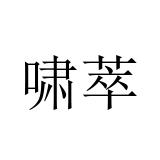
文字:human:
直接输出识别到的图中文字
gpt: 啸萃